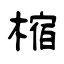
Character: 樎